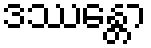
ဒဿေန္တာ